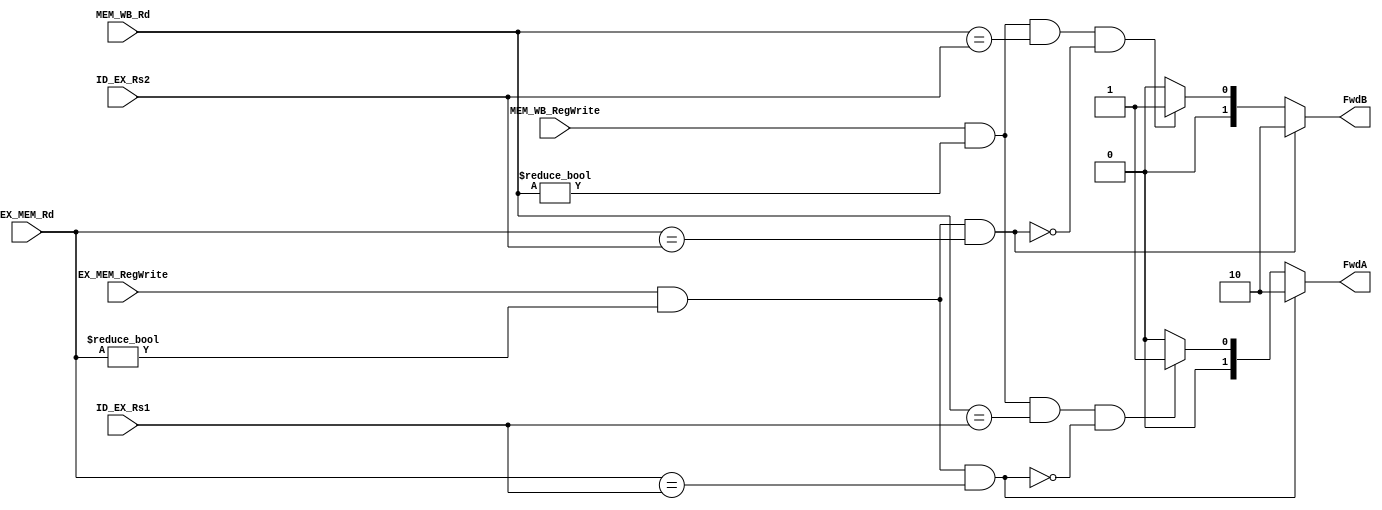
`timescale 1ns / 1ps
//////////////////////////////////////////////////////////////////////////////////
// Company: 
// Engineer: 
// 
// Design Name: 
// Module Name: FWD_Unit
// Project Name: 
// Target Devices: 
// Tool Versions: 
// Description: 
// 
// Dependencies: 
// 
// Revision:
// Revision 0.01 - File Created
// Additional Comments:
// 
//////////////////////////////////////////////////////////////////////////////////

module FWD_Unit(input [4:0] ID_EX_Rs1, ID_EX_Rs2, EX_MEM_Rd, MEM_WB_Rd,  input EX_MEM_RegWrite, input MEM_WB_RegWrite, output reg [1:0] FwdA, FwdB);

always @ * begin
    if ( EX_MEM_RegWrite && (EX_MEM_Rd != 0) && (EX_MEM_Rd == ID_EX_Rs1) )
        FwdA = 2'b10;
    else if (( MEM_WB_RegWrite && (MEM_WB_Rd != 0) && (MEM_WB_Rd == ID_EX_Rs1) )
    && ~( EX_MEM_RegWrite && (EX_MEM_Rd != 0)
    && (EX_MEM_Rd == ID_EX_Rs1) ))
        FwdA = 2'b01;
    else begin
        FwdA <= 2'b00;
    end
    
    if ( EX_MEM_RegWrite && (EX_MEM_Rd != 0) && (EX_MEM_Rd == ID_EX_Rs2) )
        FwdB = 2'b10;
    else if (( MEM_WB_RegWrite && (MEM_WB_Rd != 0) && (MEM_WB_Rd == ID_EX_Rs2) )
    && ~( EX_MEM_RegWrite && (EX_MEM_Rd != 0)
    && (EX_MEM_Rd == ID_EX_Rs2) ))
        FwdB = 2'b01;
    else 
        FwdB <= 2'b00;
    
end
endmodule